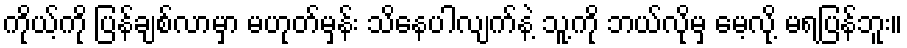
ကိုယ့်ကို ပြန်ချစ်လာမှာ မဟုတ်မှန်း သိနေပါလျက်နဲ့ သူ့ကို ဘယ်လိုမှ မေ့လို့ မရပြန်ဘူး။